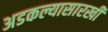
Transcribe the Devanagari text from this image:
अडकल्यासारखी